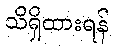
သိရှိထားရန်